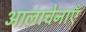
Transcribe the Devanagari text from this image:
आलाचेनाएँ